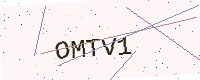
Text: OMTV1